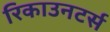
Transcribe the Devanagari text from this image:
रिकाउनटर्स